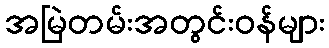
အမြဲတမ်းအတွင်းဝန်များ